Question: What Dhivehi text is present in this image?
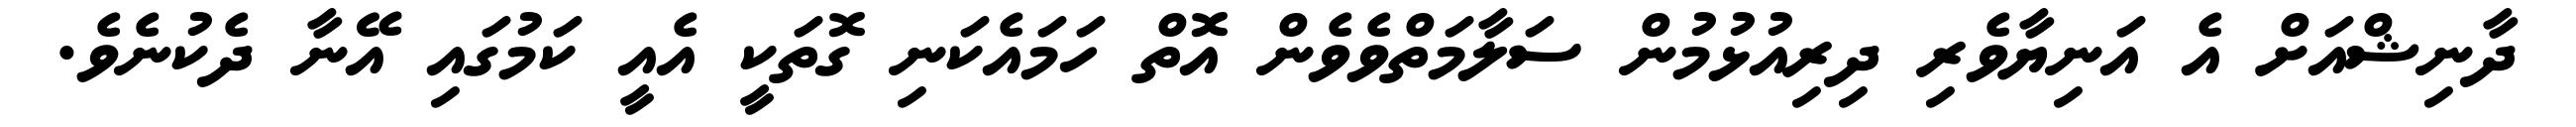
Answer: ދާނިޝްއަށް އެ އަނިޔާވެރި ދިރިއުޅުމުން ސަލާމަތްވެވެން އޮތް ހަމައެކަނި ގޮތަކީ އެއީ ކަމުގައި އޭނާ ދެކުނެވެ.